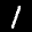
Label: 1